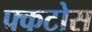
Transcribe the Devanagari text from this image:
फ्र्कटोस